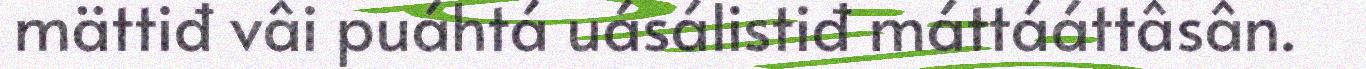
mättiđ vâi puáhtá uásálistiđ máttááttâsân.